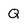
Character: Q